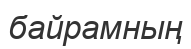
байрамның